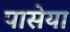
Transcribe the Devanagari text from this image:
पासेया